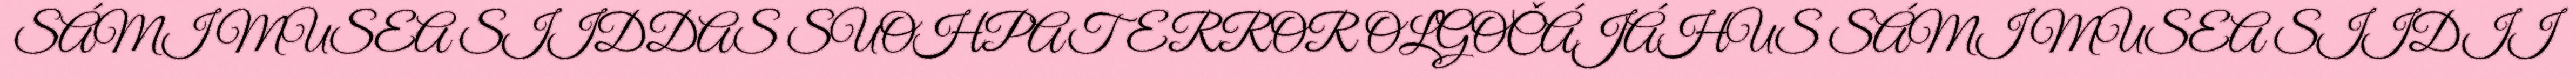
SÁMI MUSEA SIIDDAS SUOHPATERROR OLGOČÁJÁHUS SÁMI MUSEA SIIDII